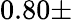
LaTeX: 0.80\pm